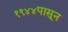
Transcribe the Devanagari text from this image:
१९४४पासून